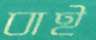
বাই